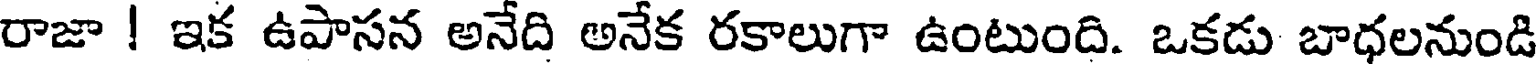
రాజా ! ఇక ఉపాసన అనేది అనేక రకాలుగా ఉంటుంది. ఒకడు బాధలనుండి